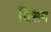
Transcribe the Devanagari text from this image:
विसन